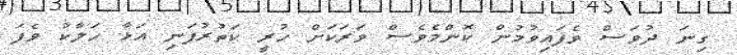
ގިނަ ދުވަސް ވެފައިވުމުން ކޮންމެވެސް ވަރަކަށް ހުރީ ކަތުރުފަނި އަޅާ ހަލާކު ވެފަ